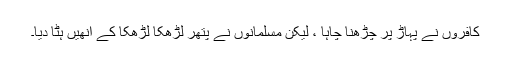
کافروں نے پہاڑ پر چڑھنا چاہا ، لیکن مسلمانوں نے پتھر لڑھکا لڑھکا کے انھیں ہٹا دیا۔